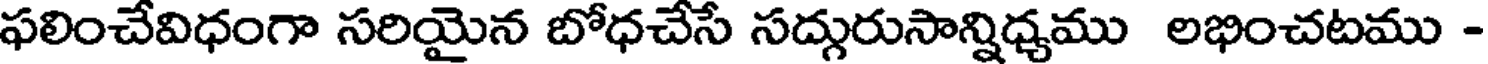
ఫలించేవిధంగా సరియైన బోధచేసే సద్గురుసాన్నిధ్యము లభించటము -